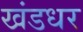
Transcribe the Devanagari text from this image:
खंडधर